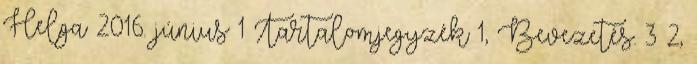
Helga 2016. június 1 Tartalomjegyzék 1, Bevezetés. 3 2,